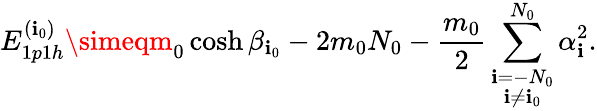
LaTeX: E_{1p1h}^{(\mathbf{i}_{0})}\simeqm_{0}\cosh\beta_{\mathbf{i}_{0}}-2m_{0}N_{0}-\frac{{m_{0}}}{{2}}\sum_{\stackrel{\scriptstyle\mathbf{i}=-N_{0}}{\mathbf{i}\not{=}\mathbf{i}_{0}}}^{N_{0}}\alpha_{\mathbf{i}}^{2}.